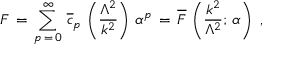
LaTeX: F \, = \, \sum _ { p \, = \, 0 } ^ { \infty } \, \overline { { { c } } } _ { p } \, \left( \frac { \Lambda ^ { 2 } } { k ^ { 2 } } \right) \, \alpha ^ { p } \, = \, \overline { { { F } } } \, \left( \frac { k ^ { 2 } } { \Lambda ^ { 2 } } ; \, \alpha \right) \, \, ,